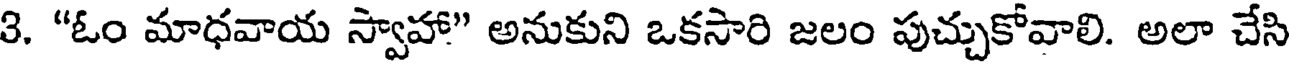
3. "ఓం మాధవాయ స్వాహా" అనుకుని ఒకసారి జలం పుచ్చుకోవాలి. అలా చేసి